Indian journal of veterinary science and animal husbandry - Volume 3,
Year: 1933
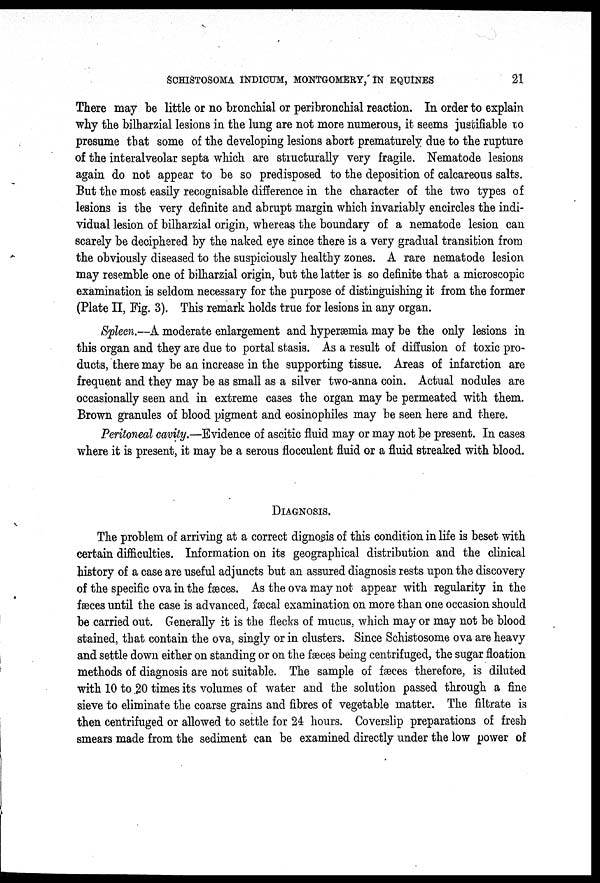
SCHISTOSOMA INDICUM, MONTGOMERY, IN EQUINES
21
There may be little or no bronchial or peribronchial reaction. In order to explain
why the bilharzial lesions in the lung are not more numerous, it seems justifiable to
presume that some of the developing lesions abort prematurely due to the rupture
of the interalveolar septa which are structurally very fragile. Nematode lesions
again do not appear to be so predisposed to the deposition of calcareous salts.
But the most easily recognisable difference in the character of the two types of
lesions is the very definite and abrupt margin which invariably encircles the indi-
vidual lesion of bilharzial origin, whereas the boundary of a nematode lesion can
scarely be deciphered by the naked eye since there is a very gradual transition from
the obviously diseased to the suspiciously healthy zones. A rare nematode lesion
may resemble one of bilharzial origin, but the latter is so definite that a microscopic
examination is seldom necessary for the purpose of distinguishing it from the former
(Plate II, Fig. 3). This remark holds true for lesions in any organ.
Spleen.—A moderate enlargement and hyperæmia may be the only lesions in
this organ and they are due to portal stasis. As a result of diffusion of toxic pro¬
ducts, there may be an increase in the supporting tissue. Areas of infarction are
frequent and they may be as small as a silver two-anna coin. Actual nodules are
occasionally seen and in extreme cases the organ may be permeated with them.
Brown granules of blood pigment and eosinophiles may be seen here and there.
Peritoneal cavity.—Evidence of ascitic fluid may or may not be present. In cases
where it is present, it may be a serous flocculent fluid or a fluid streaked with blood.
DIAGNOSIS.
The problem of arriving at a correct dignosis of this condition in life is beset with
certain difficulties. Information on its geographical distribution and the clinical
history of a case are useful adjuncts but an assured diagnosis rests upon the discovery
of the specific ova in the fæces. As the ova may not appear with regularity in the
fæces until the case is advanced, fæcal examination on more than one occasion should
be carried out. Generally it is the flecks of mucus, which may or may not be blood
stained, that contain the ova, singly or in clusters. Since Schistosome ova are heavy
and settle down either on standing or on the fæces being centrifuged, the sugar floation
methods of diagnosis are not suitable. The sample of fæces therefore, is diluted
with 10 to 20 times its volumes of water and the solution passed through a fine
sieve to eliminate the coarse grains and fibres of vegetable matter. The filtrate is
then centrifuged or allowed to settle for 24 hours. Coverslip preparations of fresh
smears made from the sediment can be examined directly under the low power of